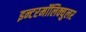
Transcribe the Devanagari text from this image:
इन्टरमॉलिक्युलर